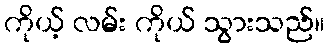
ကိုယ့် လမ်း ကိုယ် သွားသည်။